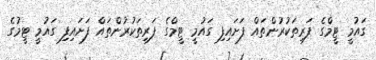
ގައުމީ ޓީމްގެ ފަރިތަކުރުންތައް ފަށައިފި ގައުމީ ޓީމްގެ ފަރިތަކުރުންތައް ފަށައިފި ގައުމީ ޓީމުގެ